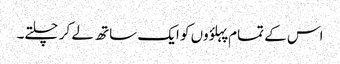
اس کے تمام پہلؤوں کو ایک ساتھ لے کر چلتے۔